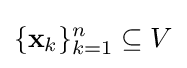
\{\mathbf {x} _{k}\}_{k=1}^{n}\subseteq V